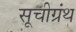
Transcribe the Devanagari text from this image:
सूचीग्रंथ